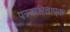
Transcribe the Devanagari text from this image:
पत्रकारिताएक